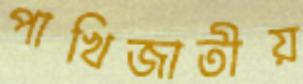
পাখিজাতীয়